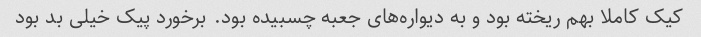
کیک کاملا بهم ریخته بود و به دیواره‌های جعبه چسبیده بود. برخورد پیک خیلی بد بود